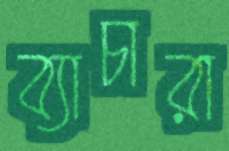
ব্যাচারা